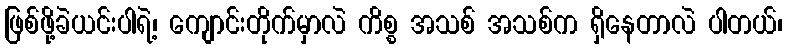
ဖြစ်ဖို့ခဲယင်းပါရဲ့၊ ကျောင်းတိုက်မှာလဲ ကိစ္စ အသစ် အသစ်က ရှိနေတာလဲ ပါတယ်၊